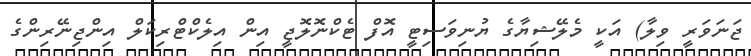
ޖަނަވަރީ ވިލާ) އަކީ މެލޭޝިޔާގެ ޔުނިވަސިޓީ އޮފް ޓެކްނޮލޮޖީ އިން އިލެކްޓްރިކަލް އިންޖިނޭރިންގެ